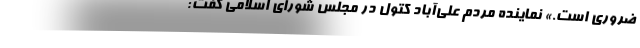
ضروری است.» نماینده مردم علی‌آباد کتول در مجلس شورای اسلامی گفت: